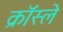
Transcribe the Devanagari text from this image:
क्रॉस्ले